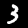
Digit: 3